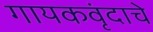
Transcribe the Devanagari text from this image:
गायकवृंदाचे